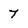
Character: 7